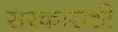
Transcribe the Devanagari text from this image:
सरकाराशी